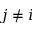
j \neq i